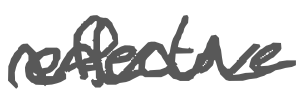
Text: effective
Cross-out: wave
Writing tool: digital_gray